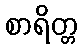
စာရိတ္တ